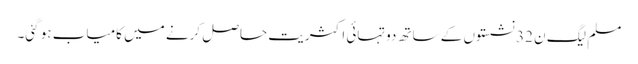
مسلم لیگ ن 32 نشستوں کے ساتھ دوتہائی اکثریت حاصل کرنے میں کامیاب ہو گئی۔